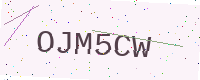
Text: OJM5CW